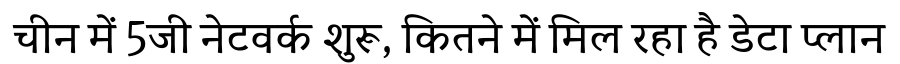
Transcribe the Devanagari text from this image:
चीन में 5जी नेटवर्क शुरू, कितने में मिल रहा है डेटा प्लान